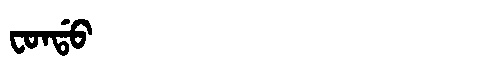
Manchu: ᠸᠣᠨᡩᠣ
Romanization: FONDO